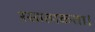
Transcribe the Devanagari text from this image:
रसात्मकता।